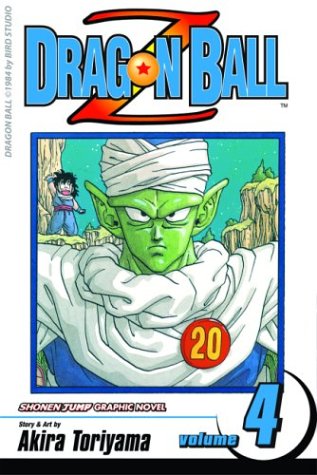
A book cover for Dragon Ball Z, Vol. 4; Akira Toriyama; Children's Books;